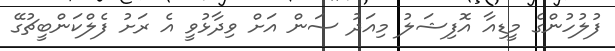
ފުލުހުންގެ މީޑިއާ އޮފިޝަލު މިއަދު ސަން އަށް ވިދާޅުވީ އެ ރަށު ފެލްކަންބީޗުގޭ